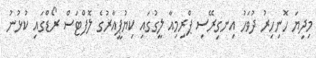
މިދިޔަ ހޮނިހިރު ދުވަހު އިނގިރޭސި ޕްރިމިއާ ލީގުގައި ކިޔުޕީއާރުގެ ލޮފްޓަސް ރޯޑްގައި ކުޅުނު